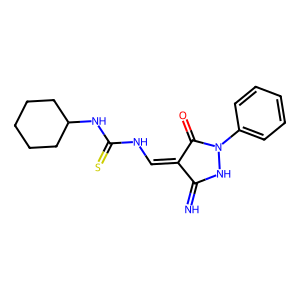
SMILES: N=C1NN(c2ccccc2)C(=O)C1=CNC(=S)NC1CCCCC1
Inhibits HIV replication: No